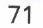
71